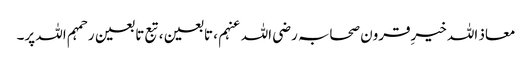
معاذ اللہ خیرِقرون صحابہ رضی اللہ عنہم ، تابعین ، تبع تا بعین رحمہم اللہ پر۔